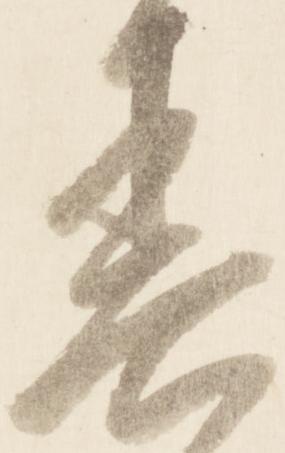
春